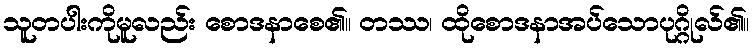
သူတပါးကိုမူလည်း စောဒနာစေ၏။ တဿ၊ ထိုစောဒနာအပ်သောပုဂ္ဂိုလ်၏။